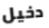
دخيل